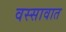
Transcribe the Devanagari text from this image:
वस्सावात